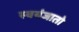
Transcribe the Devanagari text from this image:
स्वयंजातो